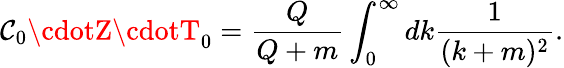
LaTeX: \mathcal{C}_{0}\cdotZ\cdotT_{0}=\frac{{Q}}{{Q+m}}\int_{0}^{\infty}dk\frac{{1}}{{(k+m)^{2}}}.